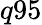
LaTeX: q95